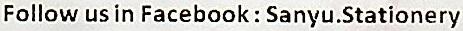
FOLLOW US IN FACEBOOK : SANYU.STATIONERY